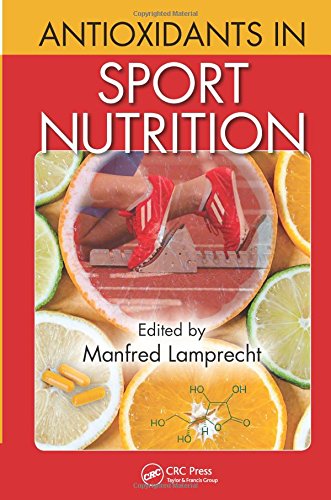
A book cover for Antioxidants in Sport Nutrition; Health, Fitness & Dieting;